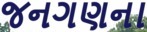
જનગણના